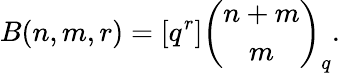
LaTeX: B(n,m,r)=[q^{r}]{\binom{n+m}{m}}_{q}.